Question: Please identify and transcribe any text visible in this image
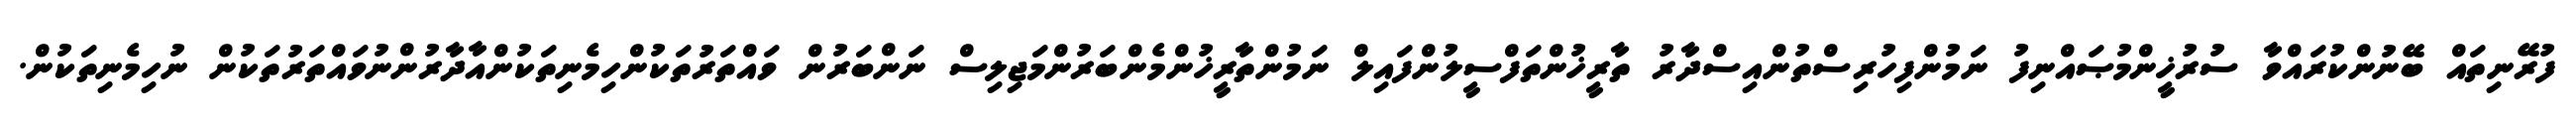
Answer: ފުރޭނިތައް ބޭނުންކުރައްވާ ސުރުޚީންމުޞައްނިފު ނަމުންފިހުރިސްތުންއިސްދާރު ތާރީޚުންތަފްސީލުންފައިލް ނަމުންތާރީޚުންމެންބަރުންމަޖިލިސް ނަންބަރުން ވައްތަރުތަކުންހިމެނިތަކުންއާދާރުންނުވައްތަރުތަކުން ނުހިމެނިތަކުން.